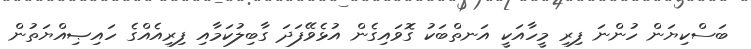
ބަސްކިޔަން ހުންނަ ފިރި މީހާއަކީ އަނތްބަކު ގޮވައިގެން އުޅެވޭފަދަ ގާބިލުކަމާއި ފިރިއެއްގެ ހައިޞިއްޔަތުން